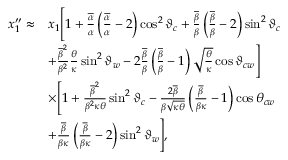
\begin{array} { r l } { x _ { 1 } ^ { \prime \prime } \approx } & { x _ { 1 } \Bigg [ 1 + \frac { \overline { { \alpha } } } { \alpha } \left( \frac { \overline { { \alpha } } } { \alpha } - 2 \right) \cos ^ { 2 } \vartheta _ { c } + \frac { \overline { { \beta } } } { \beta } \left( \frac { \overline { { \beta } } } { \beta } - 2 \right) \sin ^ { 2 } \vartheta _ { c } } \\ & { + \frac { \overline { { \beta } } ^ { 2 } } { \beta ^ { 2 } } \frac { \theta } { \kappa } \sin ^ { 2 } \vartheta _ { w } - 2 \frac { \overline { { \beta } } } { \beta } \left( \frac { \overline { { \beta } } } { \beta } - 1 \right) \sqrt { \frac { \theta } { \kappa } } \cos \vartheta _ { c w } \Bigg ] } \\ & { \times \Bigg [ 1 + \frac { \overline { { \beta } } ^ { 2 } } { \beta ^ { 2 } \kappa \theta } \sin ^ { 2 } \vartheta _ { c } - \frac { 2 \overline { { \beta } } } { \beta \sqrt { \kappa \theta } } \left( \frac { \overline { { \beta } } } { \beta \kappa } - 1 \right) \cos \theta _ { c w } } \\ & { + \frac { \overline { { \beta } } } { \beta \kappa } \left( \frac { \overline { { \beta } } } { \beta \kappa } - 2 \right) \sin ^ { 2 } \vartheta _ { w } \Bigg ] , } \end{array}